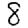
Digit: 8